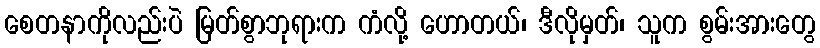
စေတနာကိုလည်းပဲ မြတ်စွာဘုရားက ကံလို့ ဟောတယ်၊ ဒီလိုမှတ်၊ သူက စွမ်းအားတွေ